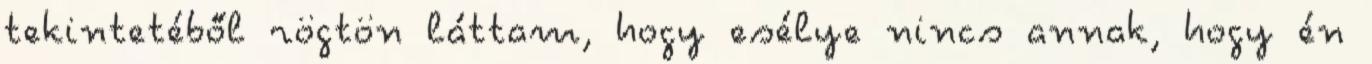
tekintetéből rögtön láttam, hogy esélye nincs annak, hogy én